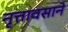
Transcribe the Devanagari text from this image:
नृत्तावसाने